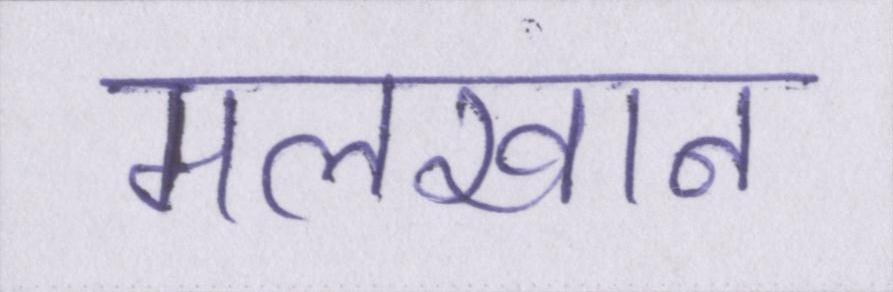
मलखान